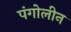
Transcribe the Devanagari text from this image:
पंगोलीन